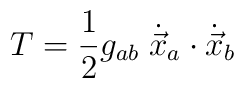
T=\frac{1}{2} g_{ab}\; \dot{\vec{x}}_a\cdot \dot{\vec{x}}_b